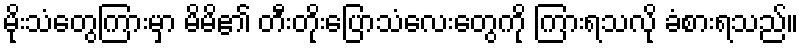
မိုးသံတွေကြားမှာ မိမိ၏ တီးတိုးပြောသံလေးတွေကို ကြားရသလို ခံစားရသည်။